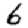
Digit: 6